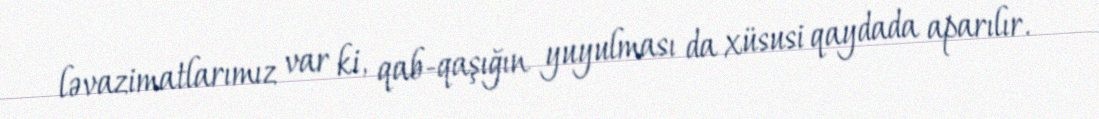
ləvazimatlarımız var ki, qab-qaşığın yuyulması da xüsusi qaydada aparılır.